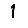
Digit: 1